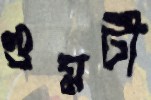
গুমটী